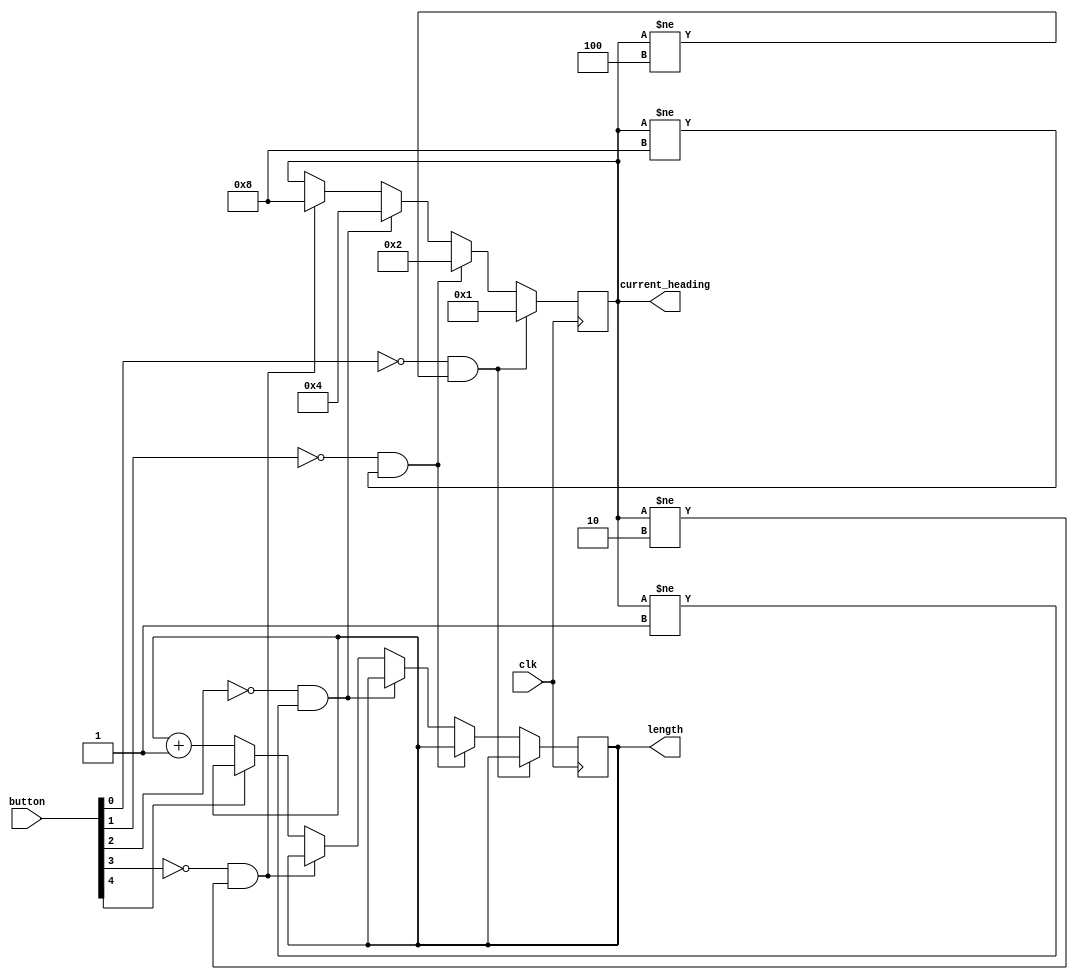
`timescale 1ns / 1ps
//////////////////////////////////////////////////////////////////////////////////
// Company: 
// Engineer: 
// 
// Design Name: 
// Module Name: direction
// Project Name: 
// Target Devices: 
// Tool Versions: 
// Description: 
// 
// Dependencies: 
// 
// Revision:
// Revision 0.01 - File Created
// Additional Comments:
// 
//////////////////////////////////////////////////////////////////////////////////


module direction(current_heading, button ,clk,length );
    input [4:0] button;
    input clk;
    output reg [31:0]length;
    output reg[3:0]current_heading;
    
    initial begin 
        length = 1;
        current_heading = 4'b0001;
    end
    
    always @(posedge clk) begin 
        if (button[0]==1'b0 && current_heading!=4'b0100) begin
            current_heading = 4'b0001;
        end
        else if (button[1]==1'b0 && current_heading!=4'b1000 )begin
            current_heading = 4'b0010;
        end 
        else if (button[2]==1'b0 && current_heading!=4'b0001)begin
            current_heading = 4'b0100;
        end
        else if (button[3]==1'b0 && current_heading!=4'b0010)begin
            current_heading = 4'b1000;
        end 
        else if (button[4]==1'b0)begin
            length = length +1;
        end 
    end 
    
    
    
    
        

    
    
    
    
    
    
    
    
    
    
    
    
    
    
    
    
    
endmodule